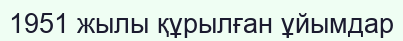
1951 жылы құрылған ұйымдар